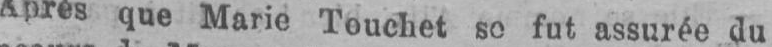
Apres que Mario Touchet se fut assurée du